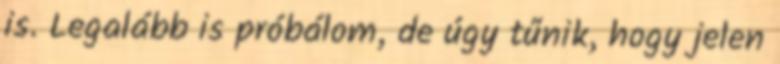
is. Legalább is próbálom, de úgy tűnik, hogy jelen